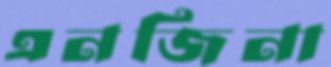
এনজিনা